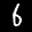
Label: 6